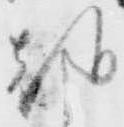
朝